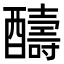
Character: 醻